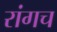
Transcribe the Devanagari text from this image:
रांगच